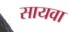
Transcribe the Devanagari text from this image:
सायवा